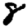
Digit: 8